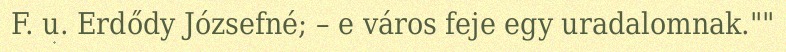
F. u. Erdődy Józsefné; – e város feje egy uradalomnak.""